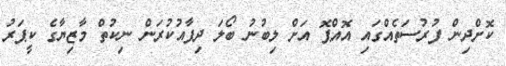
ކޮށްދިން ފުރުސަތެއްގައި އޮއްޕޮ އަށް ލިބުނު ބޯލަ ދިފާއުކުރަން ނިކުތް މާޒިޔާގެ ކީޕަރު